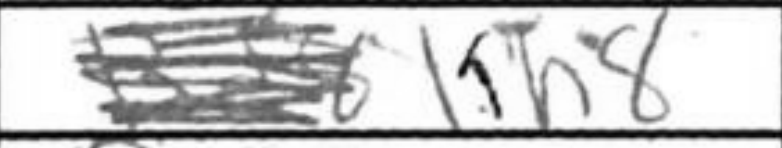
Transcription: Kh8